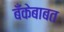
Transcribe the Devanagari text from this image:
बँकेबाबत